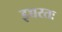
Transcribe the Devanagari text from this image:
इच्चरतः